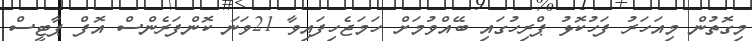
މިގޮތުން މިއަހަރު ފަހުކޮޅު ޕްރިހުގައި ބޭއްވުމަށް ހަމަޖެހިފައިވާ 21ވަނަ ކޮންފަރެންސް އޮފް ޕާޓީސް